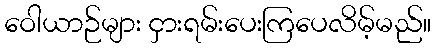
ဝေါယာဉ်များ ငှားရမ်းပေးကြပေလိမ့်မည်။